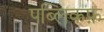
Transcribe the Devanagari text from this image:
पब्लिकफ़